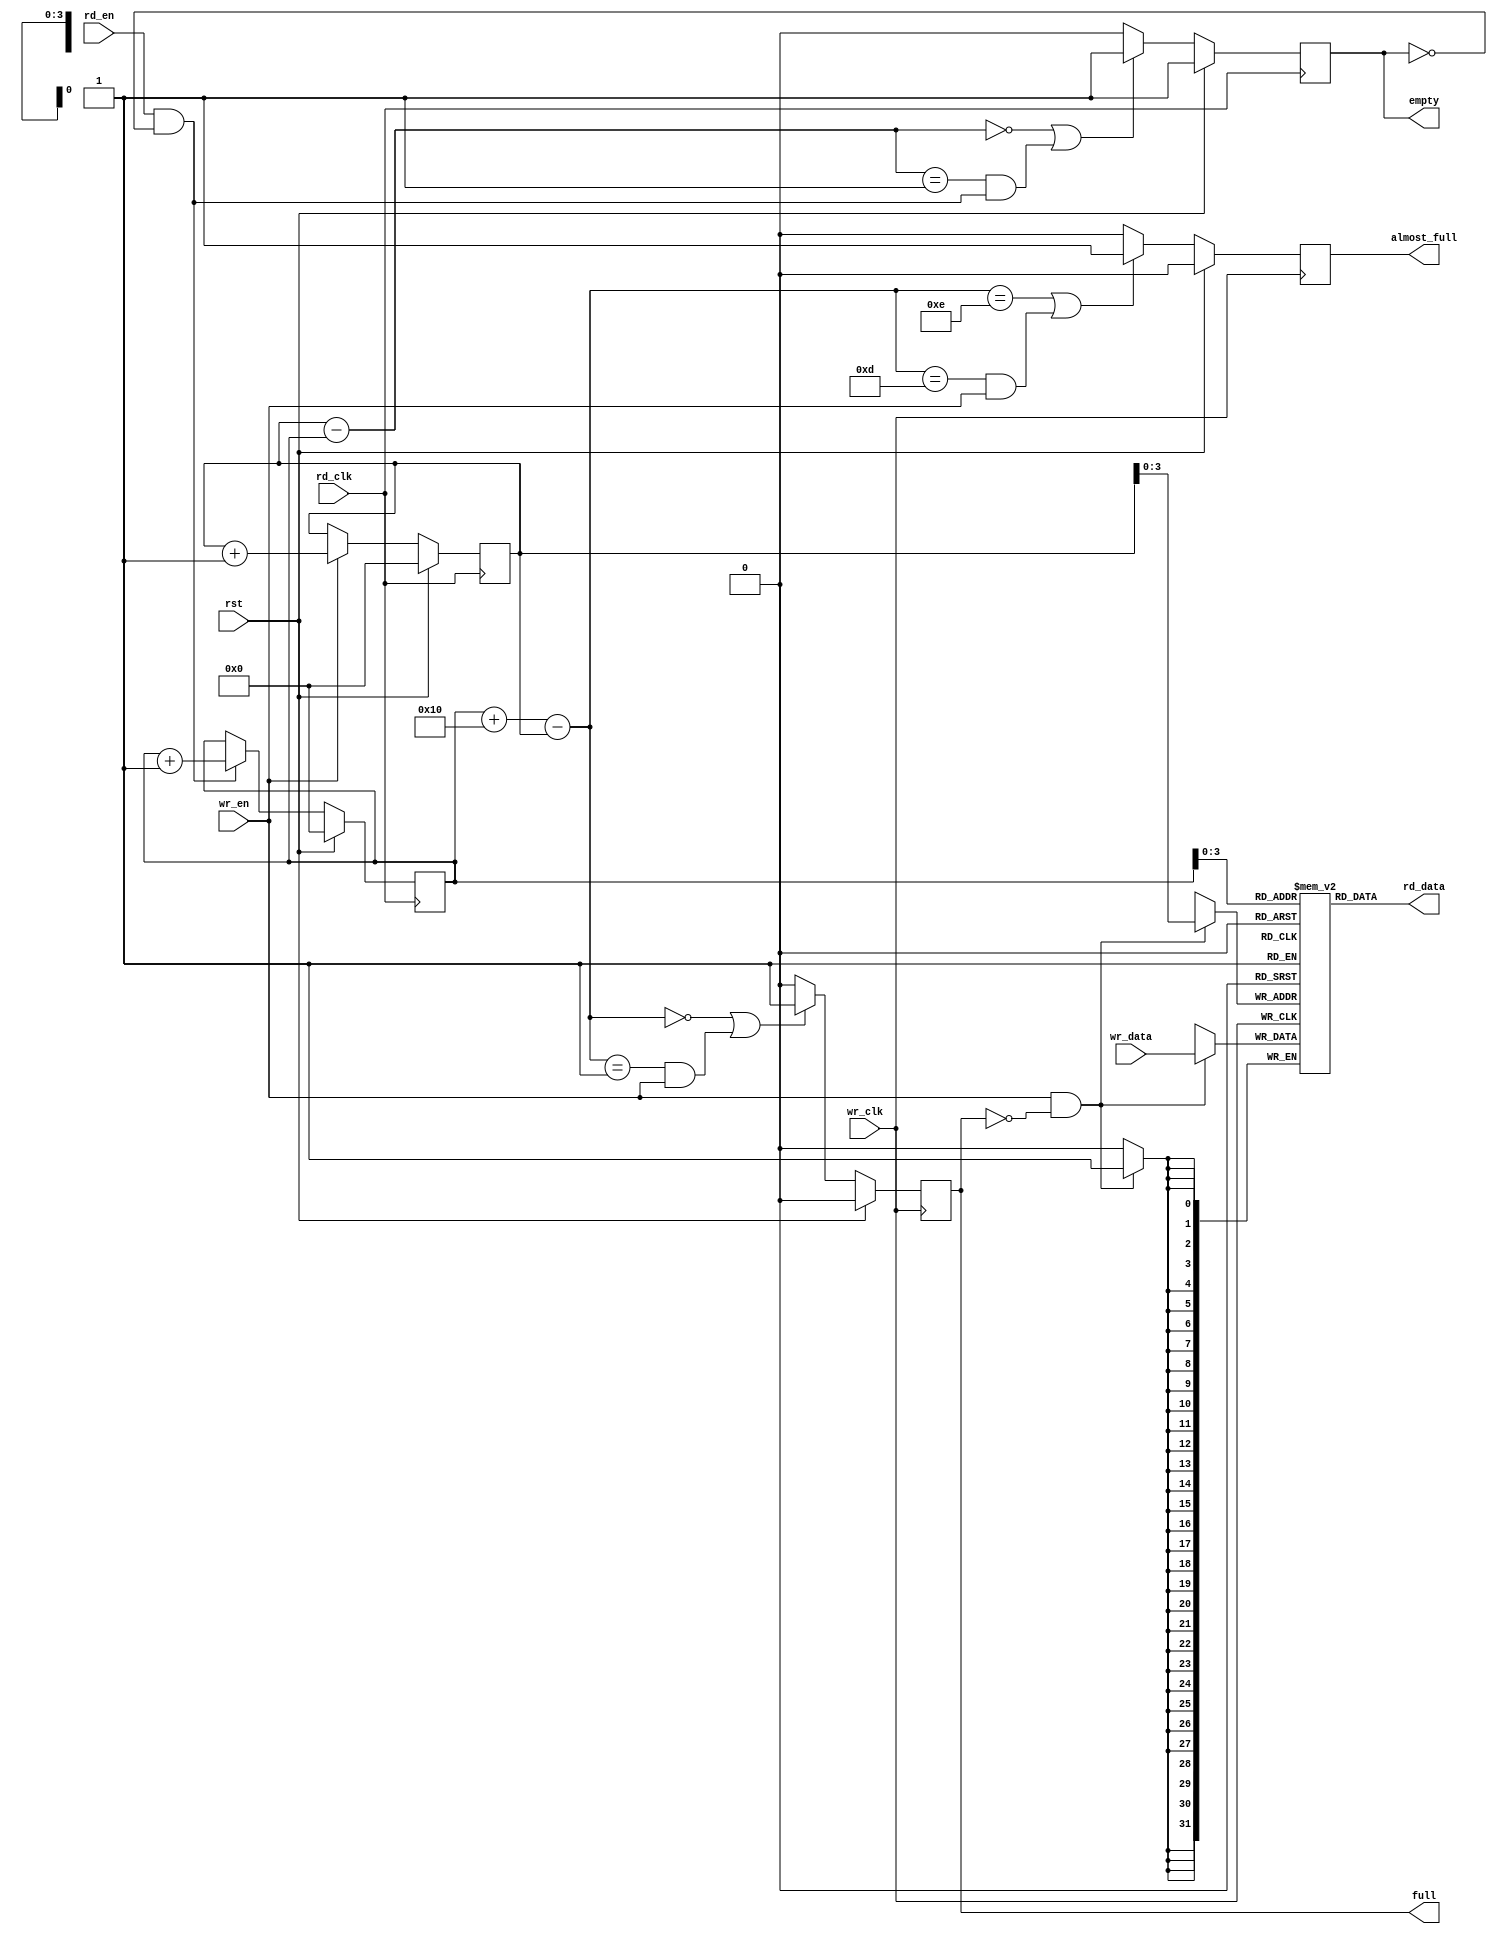
//*****************************************************************************
// (c) Copyright 2008-2009 Xilinx, Inc. All rights reserved.
//
// This file contains confidential and proprietary information
// of Xilinx, Inc. and is protected under U.S. and
// international copyright and other intellectual property
// laws.
//
// DISCLAIMER
// This disclaimer is not a license and does not grant any
// rights to the materials distributed herewith. Except as
// otherwise provided in a valid license issued to you by
// Xilinx, and to the maximum extent permitted by applicable
// law: (1) THESE MATERIALS ARE MADE AVAILABLE "AS IS" AND
// WITH ALL FAULTS, AND XILINX HEREBY DISCLAIMS ALL WARRANTIES
// AND CONDITIONS, EXPRESS, IMPLIED, OR STATUTORY, INCLUDING
// BUT NOT LIMITED TO WARRANTIES OF MERCHANTABILITY, NON-
// INFRINGEMENT, OR FITNESS FOR ANY PARTICULAR PURPOSE; and
// (2) Xilinx shall not be liable (whether in contract or tort,
// including negligence, or under any other theory of
// liability) for any loss or damage of any kind or nature
// related to, arising under or in connection with these
// materials, including for any direct, or any indirect,
// special, incidental, or consequential loss or damage
// (including loss of data, profits, goodwill, or any type of
// loss or damage suffered as a result of any action brought
// by a third party) even if such damage or loss was
// reasonably foreseeable or Xilinx had been advised of the
// possibility of the same.
//
// CRITICAL APPLICATIONS
// Xilinx products are not designed or intended to be fail-
// safe, or for use in any application requiring fail-safe
// performance, such as life-support or safety devices or
// systems, Class III medical devices, nuclear facilities,
// applications related to the deployment of airbags, or any
// other applications that could lead to death, personal
// injury, or severe property or environmental damage
// (individually and collectively, "Critical
// Applications"). Customer assumes the sole risk and
// liability of any use of Xilinx products in Critical
// Applications, subject only to applicable laws and
// regulations governing limitations on product liability.
//
// THIS COPYRIGHT NOTICE AND DISCLAIMER MUST BE RETAINED AS
// PART OF THIS FILE AT ALL TIMES.
//
//*****************************************************************************
//   ____  ____
//  /   /\/   /
// /___/  \  /    Vendor: Xilinx
// \   \   \/     Version: %version
//  \   \         Application: MIG
//  /   /         Filename: afifo.v
// /___/   /\     Date Last Modified: $Date: 2010/11/26 18:25:40 $
// \   \  /  \    Date Created: Oct 21 2008
//  \___\/\___\
//
//Device: Spartan6
//Design Name: DDR/DDR2/DDR3/LPDDR 
//Purpose:  A generic synchronous fifo.
//Reference:
//Revision History:

//*****************************************************************************

`timescale 1ps/1ps

module afifo #
(
 parameter TCQ           = 100,
 parameter DSIZE = 32,
 parameter FIFO_DEPTH = 16,
 parameter ASIZE = 4,
 parameter SYNC = 1   // only has always '1' logic.
)
(
input              wr_clk, 
input              rst,
input              wr_en,
input [DSIZE-1:0]  wr_data,
input              rd_en, 
input              rd_clk, 
output [DSIZE-1:0] rd_data,
output reg         full,
output reg         empty,
output reg         almost_full
);

// memory array
reg [DSIZE-1:0] mem [0:FIFO_DEPTH-1];

//Read Capture Logic
// if Sync = 1, then no need to remove metastability logic because wrclk = rdclk
reg [ASIZE:0] rd_gray_nxt;
reg [ASIZE:0]    rd_gray;
reg [ASIZE:0]    rd_capture_ptr;
reg [ASIZE:0]    pre_rd_capture_gray_ptr;
reg [ASIZE:0]    rd_capture_gray_ptr;
reg [ASIZE:0]    wr_gray;
reg [ASIZE:0] wr_gray_nxt;

reg [ASIZE:0] wr_capture_ptr;
reg [ASIZE:0] pre_wr_capture_gray_ptr;
reg [ASIZE:0] wr_capture_gray_ptr;
wire [ASIZE:0] buf_avail;
wire [ASIZE:0] buf_filled;
wire [ASIZE-1:0] wr_addr, rd_addr;

reg [ASIZE:0]   wr_ptr, rd_ptr;
integer i,j,k;


// for design that use the same clock for both read and write
generate
if (SYNC == 1) begin: RDSYNC
   always @ (rd_ptr)
     rd_capture_ptr = rd_ptr;
end
endgenerate



//capture the wr_gray_pointers to rd_clk domains and convert the gray pointers to binary pointers 
// before do comparison.


  
// if Sync = 1, then no need to remove metastability logic because wrclk = rdclk
generate
if (SYNC == 1) begin: WRSYNC
always @ (wr_ptr)
    wr_capture_ptr = wr_ptr;
end
endgenerate

// dualport ram 
// Memory (RAM) that holds the contents of the FIFO


assign wr_addr = wr_ptr;
assign rd_data = mem[rd_addr];
always @(posedge wr_clk)
begin
if (wr_en && !full)
  mem[wr_addr] <= #TCQ wr_data;

end


// Read Side Logic


assign rd_addr = rd_ptr[ASIZE-1:0];
assign rd_strobe = rd_en && !empty;

integer n;
reg [ASIZE:0] rd_ptr_tmp;
    // change the binary pointer to gray pointer
always @ (rd_ptr)
begin
//  rd_gray_nxt[ASIZE] = rd_ptr_tmp[ASIZE];
//  for (n=0; n < ASIZE; n=n+1) 
//       rd_gray_nxt[n] = rd_ptr_tmp[n] ^ rd_ptr_tmp[n+1];

  rd_gray_nxt[ASIZE] = rd_ptr[ASIZE];
  for (n=0; n < ASIZE; n=n+1) 
       rd_gray_nxt[n] = rd_ptr[n] ^ rd_ptr[n+1];

    
    
end       


always @(posedge rd_clk)
begin
if (rst)
   begin
        rd_ptr <= #TCQ 'b0;
        rd_gray <= #TCQ 'b0;
   end
else begin
    if (rd_strobe)
        rd_ptr <= #TCQ rd_ptr + 1;
        
    rd_ptr_tmp <= #TCQ rd_ptr;
        
    // change the binary pointer to gray pointer
    rd_gray <= #TCQ rd_gray_nxt;
end

end

//generate empty signal
assign buf_filled = wr_capture_ptr - rd_ptr;
               
always @ (posedge rd_clk )
begin
   if (rst)
        empty <= #TCQ 1'b1;
   else if ((buf_filled == 0) || (buf_filled == 1 && rd_strobe))
        empty <= #TCQ 1'b1;
   else
        empty <= #TCQ 1'b0;
end        


// write side logic;

reg [ASIZE:0] wbin;
wire [ASIZE:0] wgraynext, wbinnext;



always @(posedge rd_clk)
begin
if (rst)
   begin
        wr_ptr <= #TCQ 'b0;
        wr_gray <= #TCQ 'b0;
   end
else begin
    if (wr_en)
        wr_ptr <= #TCQ wr_ptr + 1;
        
    // change the binary pointer to gray pointer
    wr_gray <= #TCQ wr_gray_nxt;
end

end


// change the write pointer to gray pointer
always @ (wr_ptr)
begin
    wr_gray_nxt[ASIZE] = wr_ptr[ASIZE];
    for (n=0; n < ASIZE; n=n+1)
       wr_gray_nxt[n] = wr_ptr[n] ^ wr_ptr[n+1];
end       
// calculate how many buf still available
assign buf_avail = (rd_capture_ptr + FIFO_DEPTH) - wr_ptr;

always @ (posedge wr_clk )
begin
   if (rst) 
        full <= #TCQ 1'b0;
   else if ((buf_avail == 0) || (buf_avail == 1 && wr_en))
        full <= #TCQ 1'b1;
   else
        full <= #TCQ 1'b0;
end        


always @ (posedge wr_clk )
begin
   if (rst) 
        almost_full <= #TCQ 1'b0;
   else if ((buf_avail == FIFO_DEPTH - 2 ) || ((buf_avail == FIFO_DEPTH -3) && wr_en))
        almost_full <= #TCQ 1'b1;
   else
        almost_full <= #TCQ 1'b0;
end        

endmodule